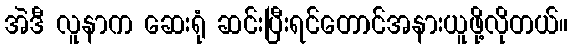
အဲဒီ လူနာက ဆေးရုံ ဆင်းပြီးရင်တောင်အနားယူဖို့လိုတယ်။